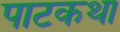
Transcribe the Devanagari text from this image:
पाटकथा